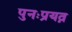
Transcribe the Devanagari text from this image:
पुनःप्रयत्न